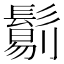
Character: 𩮜